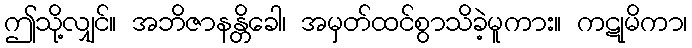
ဤသို့လျှင်။ အဘိဇာနန္တိခေါ၊ အမှတ်ထင်စွာသိခဲ့မူကား။ ကဋုမိကာ၊